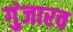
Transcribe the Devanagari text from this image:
गुंजारव